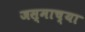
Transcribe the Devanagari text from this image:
जस्माच्या